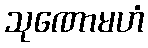
သုဏောမဟံ